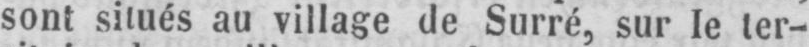
sont situés au village de Surré, sur le ter-